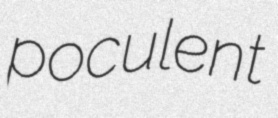
poculent